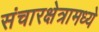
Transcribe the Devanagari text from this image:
संचारक्षेत्रामध्ये